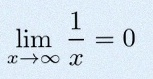
\lim_{x\to\infty}\frac{1}{x}=0